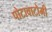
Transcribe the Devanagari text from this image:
पोटावाटोमी